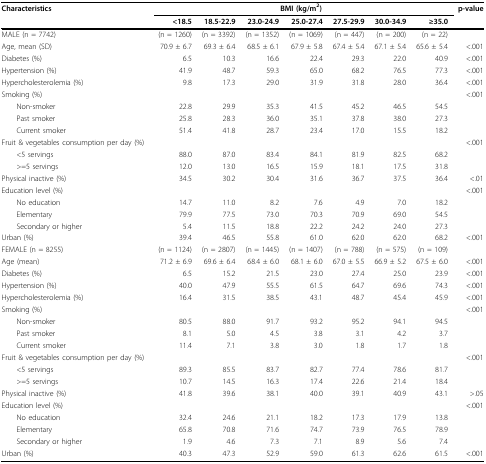
<table><thead><tr><td><b>Characteristics</b></td><td colspan="7"><b>BMI (kg/m<sup>2</sup>)</b></td><td><b>p-value</b></td></tr><tr><td></td><td><b>&lt;18.5</b></td><td><b>18.5-22.9</b></td><td><b>23.0-24.9</b></td><td><b>25.0-27.4</b></td><td><b>27.5-29.9</b></td><td><b>30.0-34.9</b></td><td><b>≥35.0</b></td><td></td></tr></thead><tbody><tr><td>MALE (n = 7742)</td><td>(n = 1260)</td><td>(n = 3392)</td><td>(n = 1352)</td><td>(n = 1069)</td><td>(n = 447)</td><td>(n = 200)</td><td>(n = 22)</td><td></td></tr><tr><td>Age, mean (SD)</td><td>70.9 ± 6.7</td><td>69.3 ± 6.4</td><td>68.5 ± 6.1</td><td>67.9 ± 5.8</td><td>67.4 ± 5.4</td><td>67.1 ± 5.4</td><td>65.6 ± 5.4</td><td>&lt;.001</td></tr><tr><td>Diabetes (%)</td><td>6.5</td><td>10.3</td><td>16.6</td><td>22.4</td><td>29.3</td><td>22.0</td><td>40.9</td><td>&lt;.001</td></tr><tr><td>Hypertension (%)</td><td>41.9</td><td>48.7</td><td>59.3</td><td>65.0</td><td>68.2</td><td>76.5</td><td>77.3</td><td>&lt;.001</td></tr><tr><td>Hypercholesterolemia (%)</td><td>9.8</td><td>17.3</td><td>29.0</td><td>31.9</td><td>31.8</td><td>28.0</td><td>36.4</td><td>&lt;.001</td></tr><tr><td>Smoking (%)</td><td></td><td></td><td></td><td></td><td></td><td></td><td></td><td>&lt;.001</td></tr><tr><td> Non-smoker</td><td>22.8</td><td>29.9</td><td>35.3</td><td>41.5</td><td>45.2</td><td>46.5</td><td>54.5</td><td></td></tr><tr><td> Past smoker</td><td>25.8</td><td>28.3</td><td>36.0</td><td>35.1</td><td>37.8</td><td>38.0</td><td>27.3</td><td></td></tr><tr><td> Current smoker</td><td>51.4</td><td>41.8</td><td>28.7</td><td>23.4</td><td>17.0</td><td>15.5</td><td>18.2</td><td></td></tr><tr><td>Fruit &amp; vegetables consumption per day (%)</td><td></td><td></td><td></td><td></td><td></td><td></td><td></td><td>&lt;.001</td></tr><tr><td> &lt;5 servings</td><td>88.0</td><td>87.0</td><td>83.4</td><td>84.1</td><td>81.9</td><td>82.5</td><td>68.2</td><td></td></tr><tr><td> &gt; = 5 servings</td><td>12.0</td><td>13.0</td><td>16.5</td><td>15.9</td><td>18.1</td><td>17.5</td><td>31.8</td><td></td></tr><tr><td>Physical inactive (%)</td><td>34.5</td><td>30.2</td><td>30.4</td><td>31.6</td><td>36.7</td><td>37.5</td><td>36.4</td><td>&lt;.01</td></tr><tr><td>Education level (%)</td><td></td><td></td><td></td><td></td><td></td><td></td><td></td><td>&lt;.001</td></tr><tr><td> No education</td><td>14.7</td><td>11.0</td><td>8.2</td><td>7.6</td><td>4.9</td><td>7.0</td><td>18.2</td><td></td></tr><tr><td> Elementary</td><td>79.9</td><td>77.5</td><td>73.0</td><td>70.3</td><td>70.9</td><td>69.0</td><td>54.5</td><td></td></tr><tr><td> Secondary or higher</td><td>5.4</td><td>11.5</td><td>18.8</td><td>22.2</td><td>24.2</td><td>24.0</td><td>27.3</td><td></td></tr><tr><td>Urban (%)</td><td>39.4</td><td>46.5</td><td>55.8</td><td>61.0</td><td>62.0</td><td>62.0</td><td>68.2</td><td>&lt;.001</td></tr><tr><td>FEMALE (n = 8255)</td><td>(n = 1124)</td><td>(n = 2807)</td><td>(n = 1445)</td><td>(n = 1407)</td><td>(n = 788)</td><td>(n = 575)</td><td>(n = 109)</td><td></td></tr><tr><td>Age (mean)</td><td>71.2 ± 6.9</td><td>69.6 ± 6.4</td><td>68.4 ± 6.0</td><td>68.1 ± 6.0</td><td>67.0 ± 5.5</td><td>66.9 ± 5.2</td><td>67.5 ± 6.0</td><td>&lt;.001</td></tr><tr><td>Diabetes (%)</td><td>6.5</td><td>15.2</td><td>21.5</td><td>23.0</td><td>27.4</td><td>25.0</td><td>23.9</td><td>&lt;.001</td></tr><tr><td>Hypertension (%)</td><td>40.0</td><td>47.9</td><td>55.5</td><td>61.5</td><td>64.7</td><td>69.6</td><td>74.3</td><td>&lt;.001</td></tr><tr><td>Hypercholesterolemia (%)</td><td>16.4</td><td>31.5</td><td>38.5</td><td>43.1</td><td>48.7</td><td>45.4</td><td>45.9</td><td>&lt;.001</td></tr><tr><td>Smoking (%)</td><td></td><td></td><td></td><td></td><td></td><td></td><td></td><td>&lt;.001</td></tr><tr><td> Non-smoker</td><td>80.5</td><td>88.0</td><td>91.7</td><td>93.2</td><td>95.2</td><td>94.1</td><td>94.5</td><td></td></tr><tr><td> Past smoker</td><td>8.1</td><td>5.0</td><td>4.5</td><td>3.8</td><td>3.1</td><td>4.2</td><td>3.7</td><td></td></tr><tr><td> Current smoker</td><td>11.4</td><td>7.1</td><td>3.8</td><td>3.0</td><td>1.8</td><td>1.7</td><td>1.8</td><td></td></tr><tr><td>Fruit &amp; vegetables consumption per day (%)</td><td></td><td></td><td></td><td></td><td></td><td></td><td></td><td>&lt;.001</td></tr><tr><td> &lt;5 servings</td><td>89.3</td><td>85.5</td><td>83.7</td><td>82.7</td><td>77.4</td><td>78.6</td><td>81.7</td><td></td></tr><tr><td> &gt; = 5 servings</td><td>10.7</td><td>14.5</td><td>16.3</td><td>17.4</td><td>22.6</td><td>21.4</td><td>18.4</td><td></td></tr><tr><td>Physical inactive (%)</td><td>41.8</td><td>39.6</td><td>38.1</td><td>40.0</td><td>39.1</td><td>40.9</td><td>43.1</td><td>&gt;.05</td></tr><tr><td>Education level (%)</td><td></td><td></td><td></td><td></td><td></td><td></td><td></td><td>&lt;.001</td></tr><tr><td> No education</td><td>32.4</td><td>24.6</td><td>21.1</td><td>18.2</td><td>17.3</td><td>17.9</td><td>13.8</td><td></td></tr><tr><td> Elementary</td><td>65.8</td><td>70.8</td><td>71.6</td><td>74.7</td><td>73.9</td><td>76.5</td><td>78.9</td><td></td></tr><tr><td> Secondary or higher</td><td>1.9</td><td>4.6</td><td>7.3</td><td>7.1</td><td>8.9</td><td>5.6</td><td>7.4</td><td></td></tr><tr><td>Urban (%)</td><td>40.3</td><td>47.3</td><td>52.9</td><td>59.0</td><td>61.3</td><td>62.6</td><td>61.5</td><td>&lt;.001</td></tr></tbody></table>